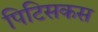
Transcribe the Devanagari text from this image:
पिटिसकस